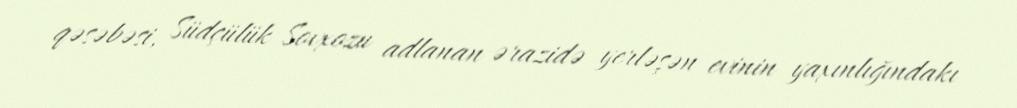
qəsəbəsi, Südçülük Sovxozu adlanan ərazidə yerləşən evinin yaxınlığındakı